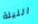
الليلة